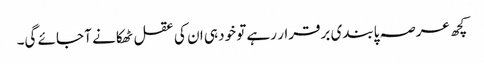
کچھ عرصہ پابندی برقرار رہے تو خود ہی ان کی عقل ٹھکانے آ جائے گی۔